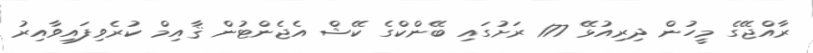
ރާއްޖޭގެ މީހުން ދިރިއުޅޭ 177 ރަށުގައި ބޭންކްގެ ކޭޝް އެޖެންޓުން ޤާއިމް ކުރެވިފައިވާއިރު